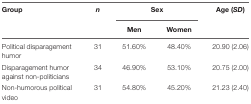
<table><thead><tr><td><b>Group</b></td><td><b><i>n</i></b></td><td colspan="2"><b>Sex</b></td><td><b>Age (<i>SD</i>)</b></td></tr><tr><td></td><td></td><td><b>Men</b></td><td><b>Women</b></td><td></td></tr></thead><tbody><tr><td>Political disparagement humor</td><td>31</td><td>51.60%</td><td>48.40%</td><td>20.90 (2.06)</td></tr><tr><td>Disparagement humor against non-politicians</td><td>34</td><td>46.90%</td><td>53.10%</td><td>20.75 (2.00)</td></tr><tr><td>Non-humorous political video</td><td>31</td><td>54.80%</td><td>45.20%</td><td>21.23 (2.40)</td></tr></tbody></table>